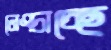
নেংচাচ্ছে